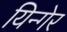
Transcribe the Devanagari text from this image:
यिन्गेर